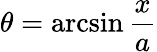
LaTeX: \theta=\arcsin{\frac{x}{a}}